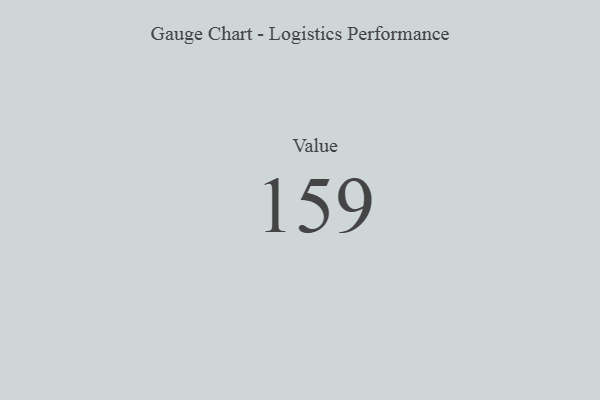
{"axis": {"x": "Metric", "y": "Value"}, "legend": [""], "data": [{"x": "Value", "y": 159, "type": ""}]}